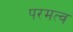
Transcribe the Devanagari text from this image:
परमत्व